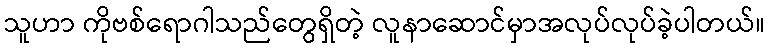
သူဟာ ကိုဗစ်ရောဂါသည်တွေရှိတဲ့ လူနာဆောင်မှာအလုပ်လုပ်ခဲ့ပါတယ်။